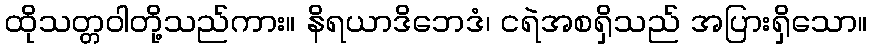
ထိုသတ္တဝါတို့သည်ကား။ နိရယာဒိဘေဒံ၊ ငရဲအစရှိသည် အပြားရှိသော။